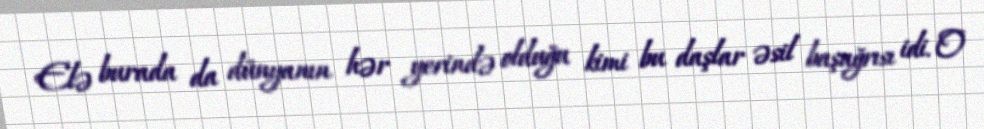
Elə burada da dünyanın hər yerində olduğu kimi bu daşlar əsil başağrısı idi. O